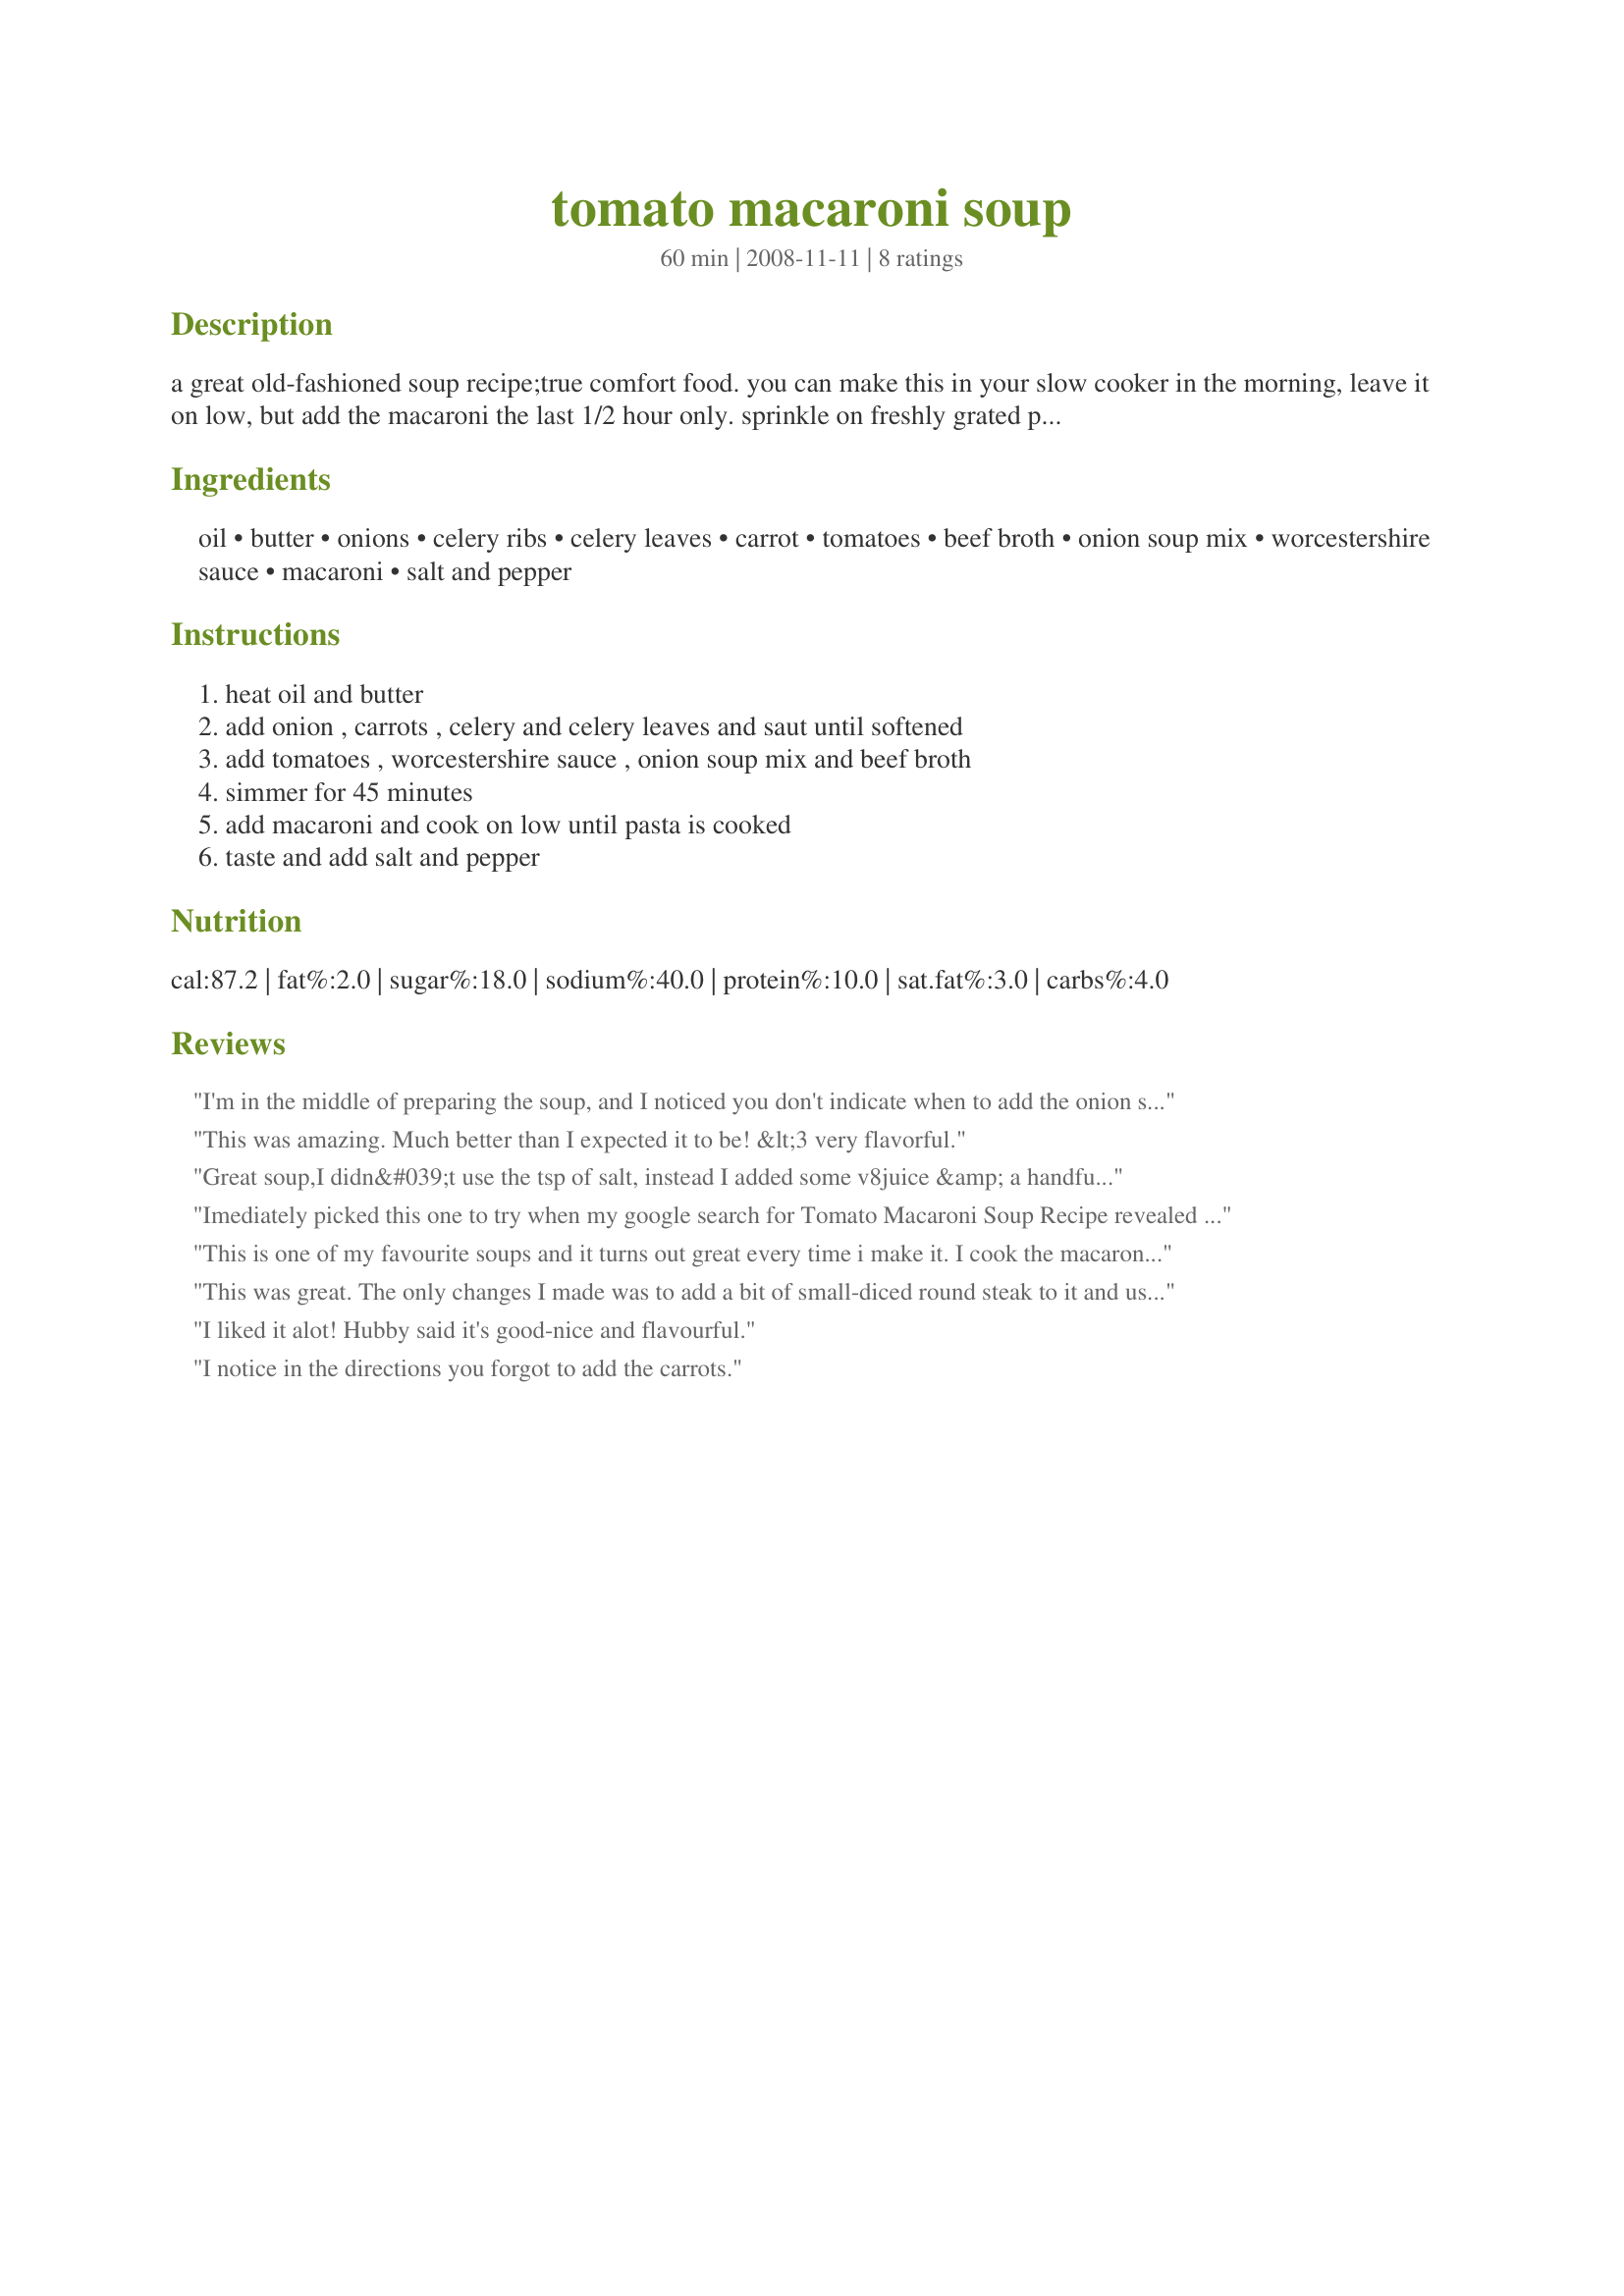
tomato macaroni soup
Preparation time: 60 minutes

a great old-fashioned soup recipe;true comfort food. you can make this in your slow cooker in the morning, leave it on low, but add the macaroni the last 1/2 hour only. sprinkle on freshly grated parmesan cheese and enjoy a taste of yesterday.

Ingredients:
oil, butter, onions, celery ribs, celery leaves, carrot, tomatoes, beef broth, onion soup mix, worcestershire sauce, macaroni, salt and pepper

Steps:
heat oil and butter, add onion , carrots , celery and celery leaves and saut until softened, add tomatoes , worcestershire sauce , onion soup mix and beef broth, simmer for 45 minutes, add macaroni and cook on low until pasta is cooked, taste and add salt and pepper

Reviews:
I'm in the middle of preparing the soup, and I noticed you don't indicate when to add the onion soup?
This was amazing. Much better than I expected it to be! &lt;3 very flavorful.
Great soup,I didn&#039;t use the tsp of salt, instead I added some v8juice &amp; a handful more of macaroni that was precooked.served w meat pockets &amp; cheese sticks made a great meal on a cold rainy day.
Imediately picked this one to try when my google search for Tomato Macaroni Soup Recipe revealed this recipe. A winner recipe beyond my expectations. Yummy and so easy. Ingredients that we always have on hand. Thank you Sage&lt;br/&gt;Claudette H.
This is one of my favourite soups and it turns out great every time i make it. I cook the macaroni but I don't put it in the soup anymore i just keep it aside and put it in the bowl and scoop the soup over it. I do this because the macaroni tends to suck up most of the liquid and this also changes the texture of the macaroni. Its good either way its up to you which you prefer. I usually cook it on the stove but now and then i will cook it in the slow cooker. Also any soup stock will work with this soup. Sometimes i make it with chicken or ground beef in it but mostly i like it without meat. All in all its a great soup.
This was great. The only changes I made was to add a bit of small-diced round steak to it and used a smaller pasta. The only thing I'd change next time would be to maybe leave out either a bit of the beef stock and sub with water or tomato juice or omit the onion soup mix, as the soup was bit salty for our taste. 

Thanks for posting!
I liked it alot! Hubby said it's good-nice and flavourful.
I notice in the directions you forgot to add the carrots.
